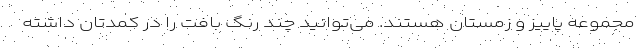
مجموعه پاییز و زمستان هستند. می‌توانید چند رنگ بافت را در کمدتان داشته